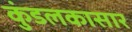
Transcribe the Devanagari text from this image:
कुंडलकासार